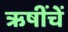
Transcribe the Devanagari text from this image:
ऋषींचें